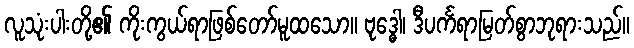
လူသုံးပါးတို့၏ ကိုးကွယ်ရာဖြစ်တော်မူထသော။ ဗုဒ္ဓေါ၊ ဒီပင်္ကရာမြတ်စွာဘုရားသည်။